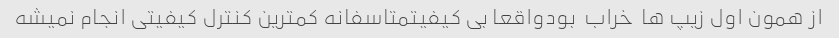
از همون اول زیپ ها  خراب  بودواقعا بی کیفیتمتاسفانه کمترین کنترل کیفیتی انجام نمیشه